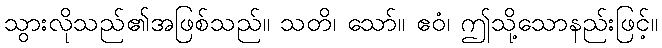
သွားလိုသည်၏အဖြစ်သည်။ သတိ၊ သော်။ ဧဝံ၊ ဤသို့သောနည်းဖြင့်။